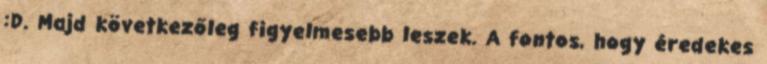
:D. Majd következőleg figyelmesebb leszek. A fontos, hogy éredekes